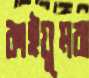
কাইয়ুমরা